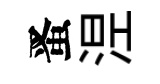
󱉠𣵀